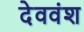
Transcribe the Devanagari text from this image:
देववंश